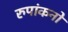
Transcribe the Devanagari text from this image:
रुपांकनों